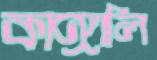
কাঙ্গালি